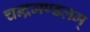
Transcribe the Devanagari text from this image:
चन्द्रमण्डलम्